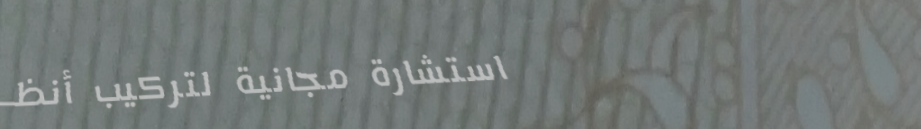
استشارة مجانية لتركيب أنظ